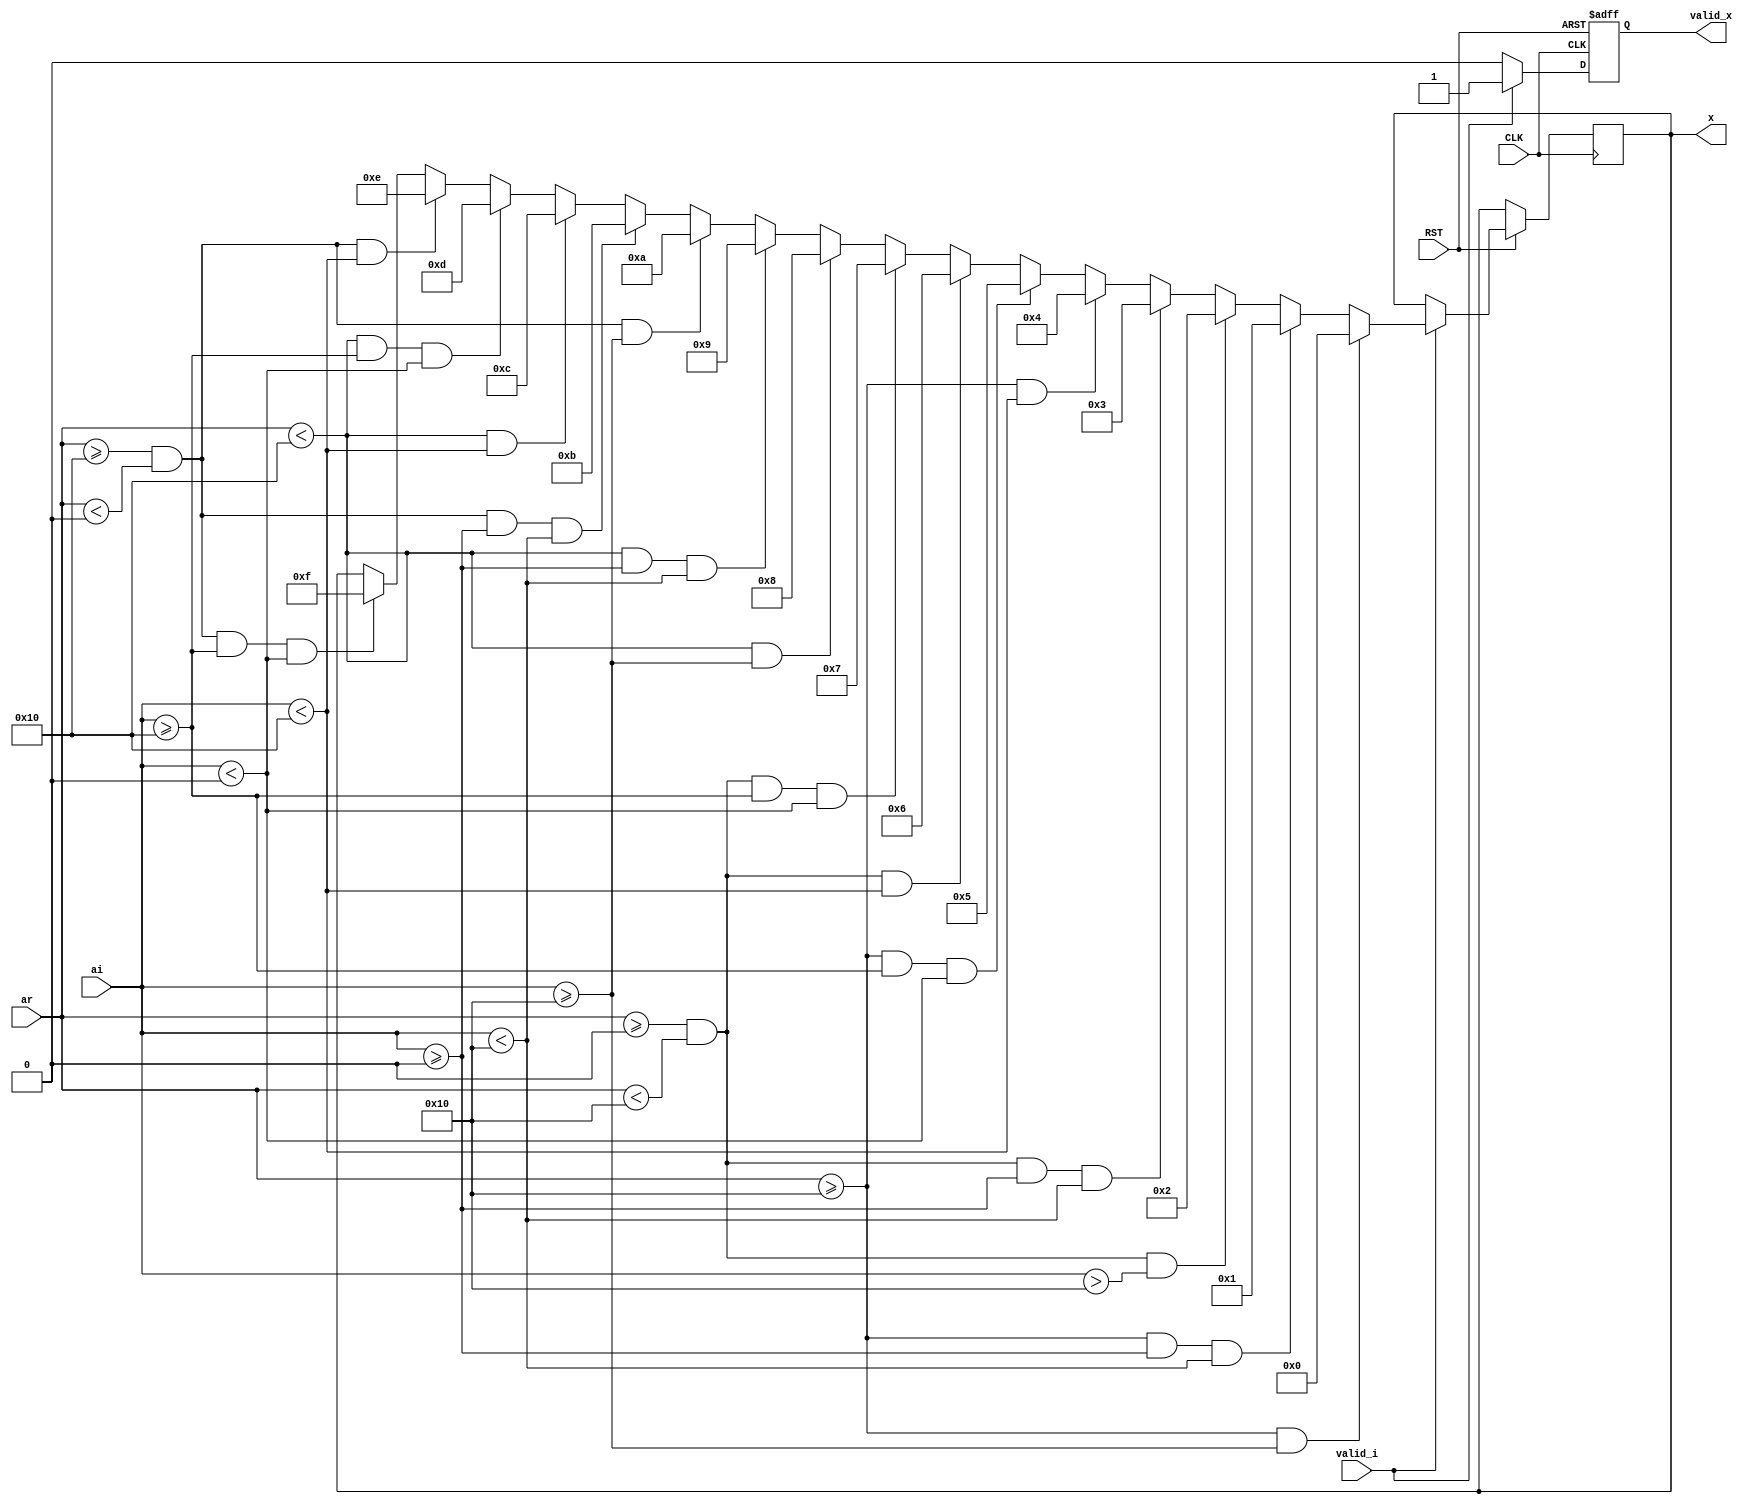

module qam16_inv
  (
   input               CLK,
   input               RST,

   input               valid_i,
   input signed [10:0] ar,
   input signed [10:0] ai,

   output reg             valid_x,
   output reg [3:0]        x
   );

  always @(posedge CLK or negedge RST) begin
    if (RST == 1'b0) begin
      valid_x <= 1'b0;
    end else if (valid_i == 1'b1) begin
      valid_x <= 1'b1;
      if (ar >= 16 && ai >= 16) begin
        x <= 4'b0000;
      end else if (ar >= 16 && ai >= 0 && ai < 16) begin
        x <= 4'b0001;
      end else if (ar >= 0 && ar < 16 && ai > 16) begin
        x <= 4'b0010;
      end else if (ar >= 0 && ar < 16 && ai >= 0 && ai < 16) begin
        x <= 4'b0011;
      end else if (ar >= 16 && ai < -16) begin
        x <= 4'b0100;
      end else if (ar >= 16 && ai >= -16 && ai < 0) begin
        x <= 4'b0101;
      end else if (ar >= 0 && ar < 16 && ai < -16) begin
        x <= 4'b0110;
      end else if (ar >= 0 && ar < 16 && ai >= -16 && ai < 0) begin
        x <= 4'b0111;
      end else if (ar < -16 && ai >= 16) begin
        x <= 4'b1000;
      end else if (ar < -16 && ai >= 0 && ai < 16) begin
        x <= 4'b1001;
      end else if (ar >= -16 && ar < 0 && ai >= 16) begin
        x <= 4'b1010;
      end else if (ar >= -16 && ar < 0 && ai >= 0 && ai < 16) begin
        x <= 4'b1011;
      end else if (ar < -16 && ai < -16) begin
        x <= 4'b1100;
      end else if (ar < -16 && ai >= -16 && ai < 0) begin
        x <= 4'b1101;
      end else if (ar >= -16 && ar < 0 && ai < -16) begin
        x <= 4'b1110;
      end else if (ar >= -16 && ar < 0 && ai >= -16 && ai < 0) begin
        x <= 4'b1111;
      end
    end else if (valid_i == 1'b0) begin
      valid_x <= 1'b0;
    end
  end
endmodule